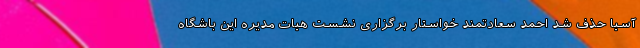
آسیا حذف شد احمد سعادتمند خواستار برگزاری نشست هیات مدیره این باشگاه